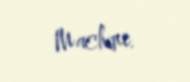
Machine.